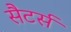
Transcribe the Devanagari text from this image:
सैटर्स